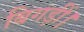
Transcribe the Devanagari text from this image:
बिगड़ीं।